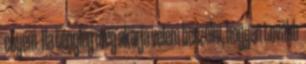
enyém. Ha tényleg meg akarja velem beszélni, hogyan tovább